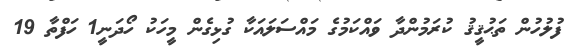
ފުލުހުން ތަޙުޤީޤު ކުރަމުންދާ ވައްކަމުގެ މައްސަލައަކާ ގުޅިގެން މީހަކު ހޯދަނީ1 ހަފްތާ 19